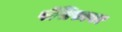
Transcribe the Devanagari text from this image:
पॅसिफायर